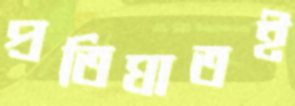
প্রতিঘাতই